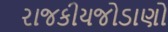
રાજકીયજોડાણો